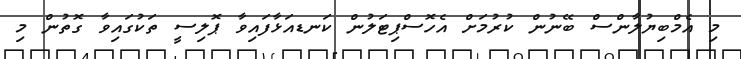
މި އެމްބިޔުލާންސް ބޭނުން ކުރުމަށް އެހޮސްޕިޓަލުން ކަނޑއަޅާފައިވާ ޕޮލިސީ ތަކުގައިވާ ގޮތުން މި